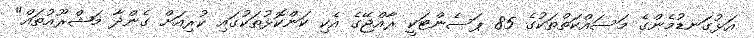
އަޅުގަނޑުމެންގެ މަސައްކަތްތަކުގެ 85 ޕަސެންޓަކީ ރާއްޖޭގެ އެކި ކަންކޮޅުތަކުގައި ކުރިއަށް ގެންދާ މަޝްރޫއުތައް"